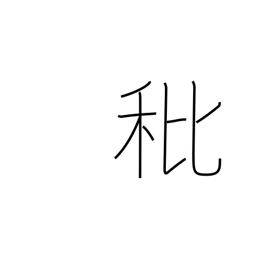
Meaning: empty grain or rice husk